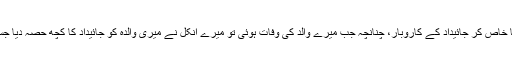
انہوں نے بتایا کہ میں کاروبار پسند کرتا تھا خاص کر جائیداد کے کاروبار، چنانچہ جب میرے والد کی وفات ہوئی تو میرے انکل نے میری والدہ کو جائیداد کا کچھ حصہ دیا جسے سنبھالنے کیلئے میں نے ان کی مدد کی۔